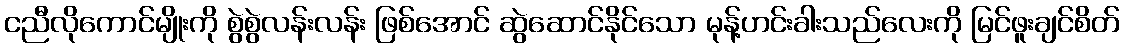
ငညီလိုကောင်မျိုးကို စွဲစွဲလန်းလန်း ဖြစ်အောင် ဆွဲဆောင်နိုင်သော မုန့်ဟင်းခါးသည်လေးကို မြင်ဖူးချင်စိတ်